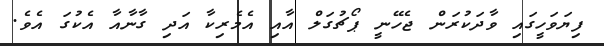
ފިޔަވަހީގައި ވާދަކުރަން ޖެހޭނީ ޕޯޗުގަލް އާއި އެމެރިކާ އަދި ގާނާއާ އެކުގަ އެވެ.